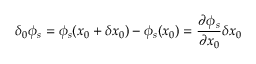
\delta _ { 0 } \phi _ { s } = \phi _ { s } ( x _ { 0 } + \delta x _ { 0 } ) - \phi _ { s } ( x _ { 0 } ) = \frac { \partial \phi _ { s } } { \partial x _ { 0 } } \delta x _ { 0 }